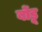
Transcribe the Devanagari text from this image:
बोंडू